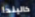
كاليندا